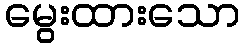
မွေးထားသော